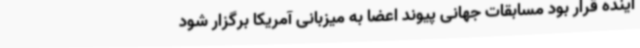
آینده قرار بود مسابقات جهانی پیوند اعضا به میزبانی آمریکا برگزار شود